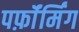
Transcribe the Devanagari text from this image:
पर्फ़ॉर्मिंग